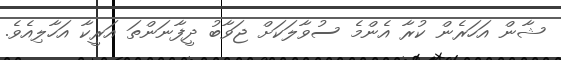
ޝާން އަހަރެން ކުރާ އެންމެ ސުވާލަކަށް ޖަވާބު ދީފާނަންތަ އަރީކާ އަހާލިއެވެ.